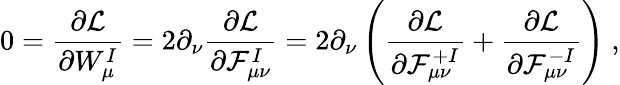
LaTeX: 0=\frac{\partial{\cal L}}{\partial W_{\mu}^{I}}=2\partial_{\nu}\frac{\partial{\cal L}}{\partial{\cal F}_{\mu\nu}^{I}}=2\partial_{\nu}\left(\frac{\partial{\cal L}}{\partial{\cal F}_{\mu\nu}^{+I}}+\frac{\partial{\cal L}}{\partial{\cal F}_{\mu\nu}^{-I}}\right)\ ,